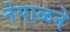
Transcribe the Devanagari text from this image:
नेपाळने